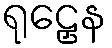
ရုဠှေန